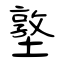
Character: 墪